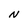
Character: N